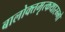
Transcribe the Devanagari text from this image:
बालोक्तमृत्कथारम्भो